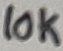
Text: 10K